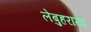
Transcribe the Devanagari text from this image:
लेबुहराया